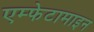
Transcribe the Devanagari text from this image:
एम्फेटामाइन